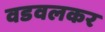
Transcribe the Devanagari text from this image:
वडवलकर